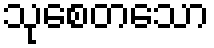
သုစေတသော